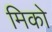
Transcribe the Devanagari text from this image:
मिको